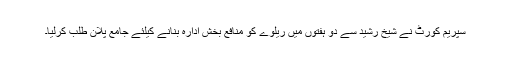
سپریم کورٹ نے شیخ رشید سے دو ہفتوں میں ریلوے کو منافع بخش ادارہ بنانے کیلئے جامع پلان طلب کرلیا۔